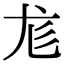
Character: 尨